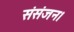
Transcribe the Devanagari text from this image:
संसंजन।